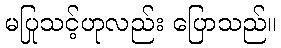
မပြုသင့်ဟုလည်း ပြောသည်။